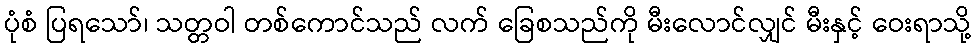
ပုံစံ ပြရသော်၊ သတ္တဝါ တစ်ကောင်သည် လက် ခြေစသည်ကို မီးလောင်လျှင် မီးနှင့် ဝေးရာသို့